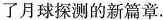
了月球探测的新篇章.